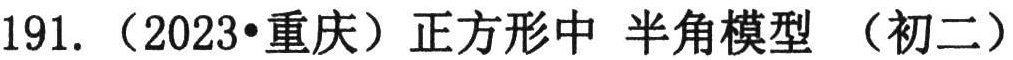
191.（2023•重庆）正方形中 半角模型 （初二）